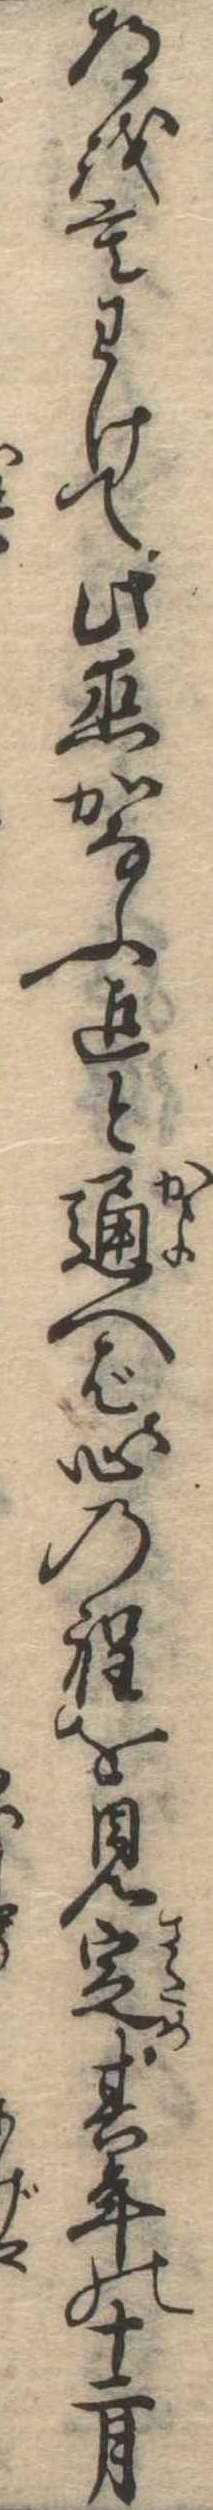
道をもわけて此恋かなふ迄と通へば心の程を見定其年の十二月